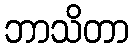
ဘာသိတာ